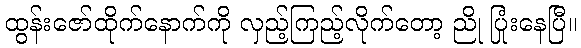
ထွန်းဇော်ထိုက်နောက်ကို လှည့်ကြည့်လိုက်တော့ ညို ပြုံးနေပြီ။